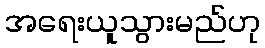
အရေးယူသွားမည်ဟု